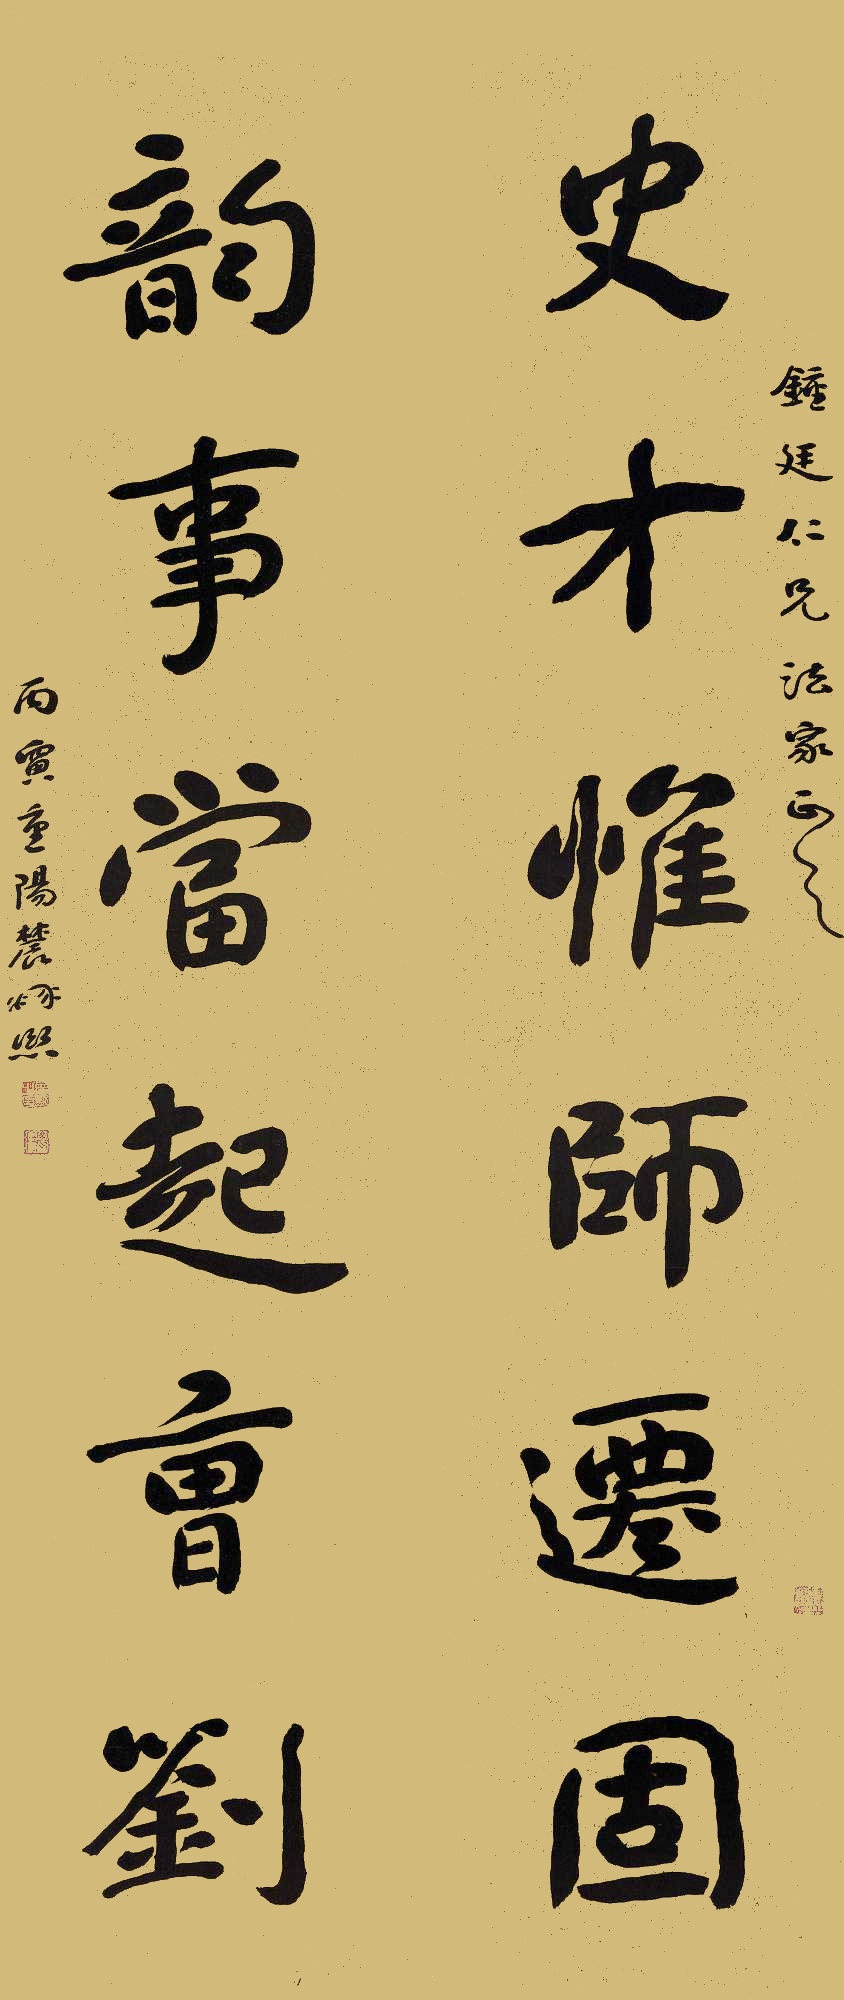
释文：史才惟师迁固，韵事当起曹刘。钟廷仁兄法家正之。丙寅重阳，农髯熙。